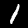
Digit: 1